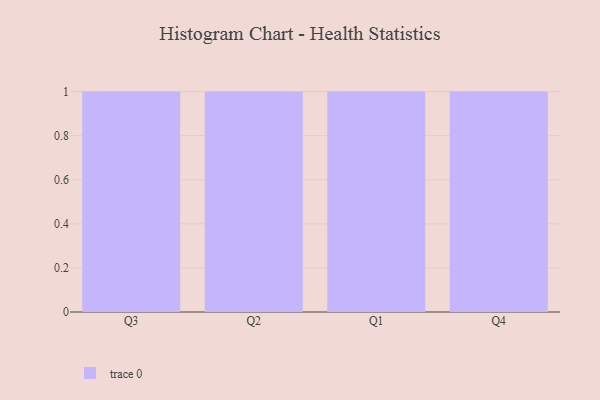
{"axis": {"x": "Quarter", "y": "Latency (ms)"}, "legend": [""], "data": [{"x": "Q3", "y": 81, "type": ""}, {"x": "Q2", "y": 48, "type": ""}, {"x": "Q1", "y": 10, "type": ""}, {"x": "Q4", "y": 77, "type": ""}]}